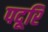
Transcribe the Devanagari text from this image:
पदूरि